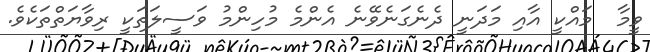
ވީމާ  މައްކީ އާއި މަދަނީ ދެނެގަނެވޭނެ އެންމެ މުހިންމު ވަސީލަތަކީ ރިވާޔަތްތަކެވެ.